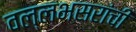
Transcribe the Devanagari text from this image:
वल्लभसरांची